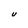
Character: U